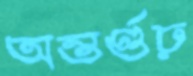
অন্তর্গুঢ়